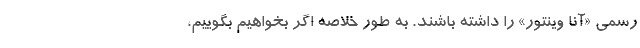
رسمی «آنا وینتور» را داشته باشند. به طور خلاصه اگر بخواهیم بگوییم،